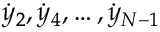
{ \dot { y } } _ { 2 } , { \dot { y } } _ { 4 } , \dots , { \dot { y } } _ { N - 1 }